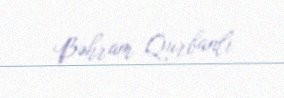
Bəhram Qurbanlı